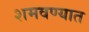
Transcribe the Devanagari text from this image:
शमवण्यात